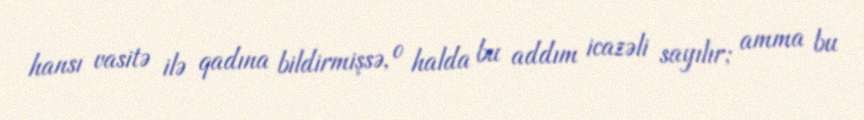
hansı vasitə ilə qadına bildirmişsə, o halda bu addım icazəli sayılır; amma bu